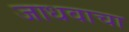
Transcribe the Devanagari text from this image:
जाधवाचा